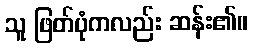
သူ ဖြတ်ပုံကလည်း ဆန်း၏။